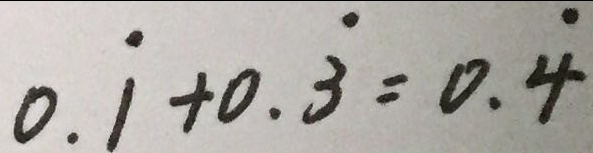
0 . \dot { 1 } + 0 . \dot { 3 } = 0 . \dot { 4 }